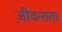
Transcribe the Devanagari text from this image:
ज़ीवन्तता